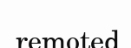
remoted